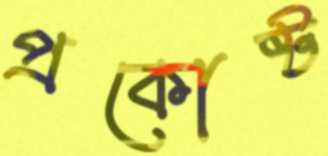
প্রকোষ্ট